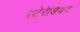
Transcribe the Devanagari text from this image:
स्टेरेडियन